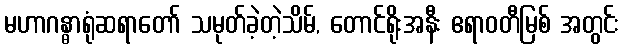
မဟာဂန္ဓာရုံဆရာတော် သမုတ်ခဲ့တဲ့သိမ်, တောင်ရိုးအနီး ဧရာဝတီမြစ် အတွင်း